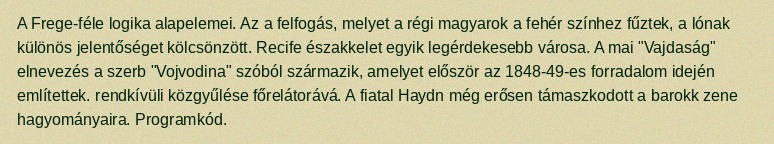
A Frege-féle logika alapelemei. Az a felfogás, melyet a régi magyarok a fehér színhez fűztek, a lónak különös jelentőséget kölcsönzött. Recife északkelet egyik legérdekesebb városa. A mai "Vajdaság" elnevezés a szerb "Vojvodina" szóból származik, amelyet először az 1848-49-es forradalom idején említettek. rendkívüli közgyűlése főrelátorává. A fiatal Haydn még erősen támaszkodott a barokk zene hagyományaira. Programkód.